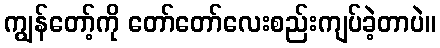
ကျွန်တော့်ကို တော်တော်လေးစည်းကျပ်ခဲ့တာပဲ။